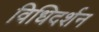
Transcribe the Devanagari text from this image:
विधिदर्शन